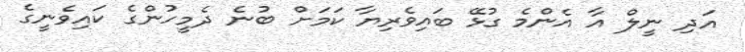
އަދި ނީލް އާ އެންމެ ގުޅޭ ބައިވެރިޔާ ކަމަށް ބުނެ ދެމީހުންގެ ކައިވެނީގެ